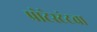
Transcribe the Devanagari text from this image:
प्रोटेस्टंटचा